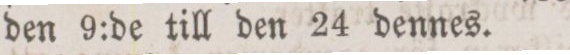
den 9:de till den 24 dennes.